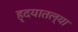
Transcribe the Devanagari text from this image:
हृदयातल्या